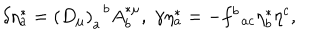
\delta \eta _ { a } ^ { * } = \left( D _ { \mu } \right) _ { a } ^ { \; \; b } A _ { b } ^ { * \mu } , \; \gamma \eta _ { a } ^ { * } = - f _ { \; \; a c } ^ { b } \eta _ { b } ^ { * } \eta ^ { c } ,